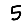
Digit: 5